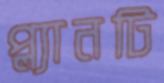
প্ল্যানটি